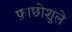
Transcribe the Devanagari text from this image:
फ़ाछोशुले